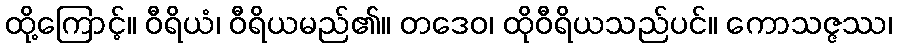
ထို့ကြောင့်။ ဝီရိယံ၊ ဝီရိယမည်၏။ တဒေဝ၊ ထိုဝီရိယသည်ပင်။ ကောသဇ္ဇဿ၊